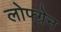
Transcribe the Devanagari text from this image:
लोफ्ग्रेन